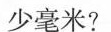
少毫米?